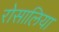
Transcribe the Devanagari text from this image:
रोसालिया